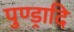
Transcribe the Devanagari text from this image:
पुण्ड्रादि